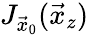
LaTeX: J_{\vec{x}_{0}}(\vec{x}_{z})